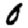
Digit: 0